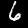
Digit: 6